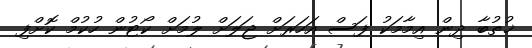
ޚުތުބާ ދިން އިމާމަކު ފަސް އަހަރަށް ޖަލަށް ލުމަށް ކޯޓުން ހުކުމް ކޮށްފި